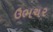
ઉભચર